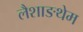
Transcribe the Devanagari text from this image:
लैशाङथेम